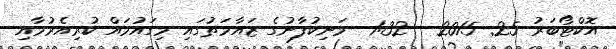
އޮކްޓޯބަރު 25